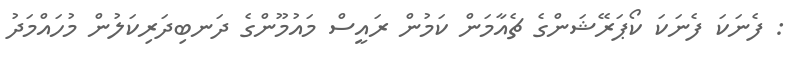
: ފެނަކަ ފެނަކަ ކޯޕަރޭޝަންގެ ޗެއާމަން ކަމުން ރައީސް މައުމޫންގެ ދަނބިދަރިކަލުން މުހައްމަދު